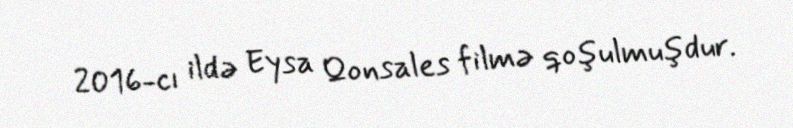
2016-cı ildə Eysa Qonsales filmə qoşulmuşdur.